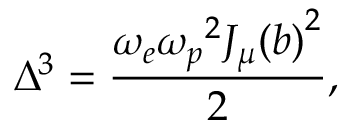
\Delta ^ { 3 } = \frac { \omega _ { e } { \omega _ { p } } ^ { 2 } { J _ { \mu } ( b ) } ^ { 2 } } { 2 } ,